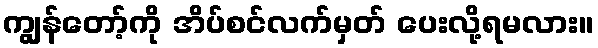
ကျွန်တော့်ကို အိပ်စင်လက်မှတ် ပေးလို့ရမလား။